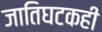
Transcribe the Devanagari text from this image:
जातिघटकही